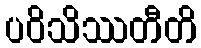
ပဝိသိဿတီတိ